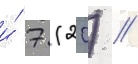
и́ 7 (20) //